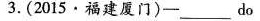
3. (2015·福建厦门)-___ do